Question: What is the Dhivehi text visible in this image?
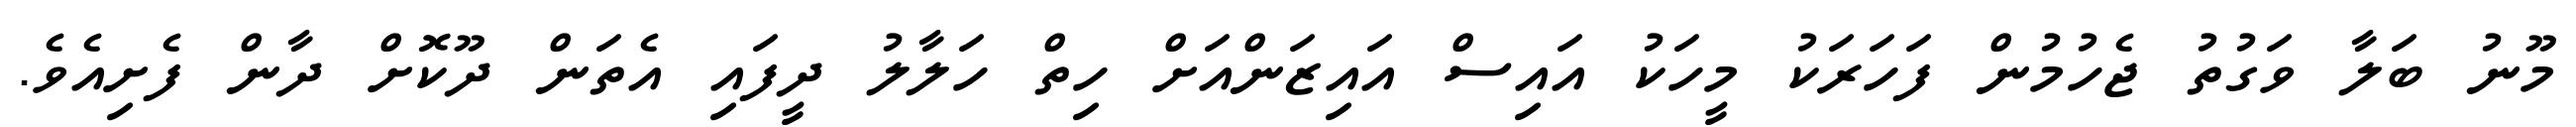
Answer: މޫނު ބަލާ ވަގުތު ޖެހުމުން ފަހަރަކު މީހަކު އައިސް އައިޒަންއަށް ހިތް ހަލާލު ދީފައި އެތަން ދޫކޮށް ދާން ފެށިއެވެ.